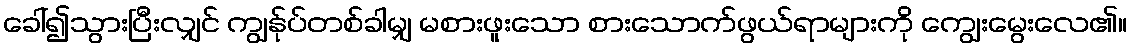
ခေါ်၍သွားပြီးလျှင် ကျွန်ုပ်တစ်ခါမျှ မစားဖူးသော စားသောက်ဖွယ်ရာများကို ကျွေးမွေးလေ၏။